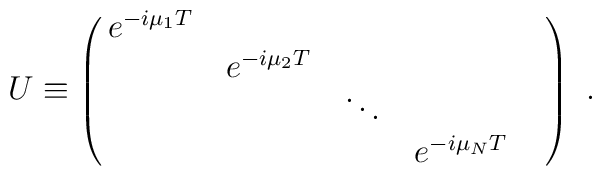
U\equiv\pmatrix{e^{-i\mu_1T}&&\cr&e^{-i\mu_2T}&&\cr&&\ddots&\cr&&&e^{-i\mu_NT}&\cr}\ .